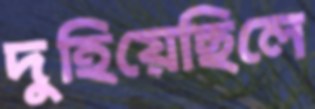
দুহিয়েছিলে